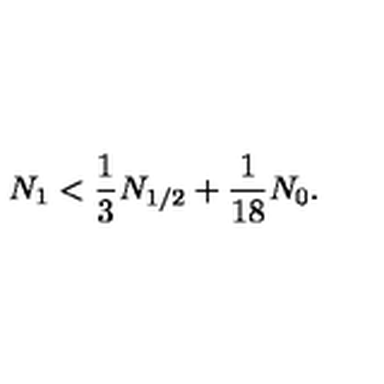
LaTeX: N _ { 1 } < \frac { 1 } { 3 } N _ { 1 / 2 } + \frac { 1 } { 1 8 } N _ { 0 } .